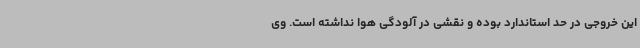
این خروجی در حد استاندارد بوده و نقشی در آلودگی هوا نداشته است. وی